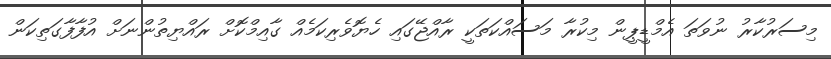
މިސަރުކާރު ނުވަތަ އެމްޑީޕީން މިކުރާ މަސައްކަތަކީ ރާއްޖޭގައި ހެޔޮވެރިކަމެއް ގާއިމްކޮށް ރައްޔިތުންނަށް އުފާފާގަތިކަން